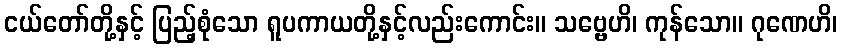
ငယ်တော်တို့နှင့် ပြည့်စုံသော ရူပကာယတို့နှင့်လည်းကောင်း။ သဗ္ဗေဟိ၊ ကုန်သော။ ဂုဏေဟိ၊